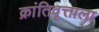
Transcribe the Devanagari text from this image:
क्रांतिवृत्ताला